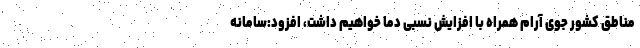
مناطق کشور جوی آرام همراه با افزایش نسبی دما خواهیم داشت، افزود:سامانه